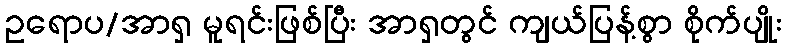
ဥရောပ/အာရှ မူရင်းဖြစ်ပြီး အာရှတွင် ကျယ်ပြန့်စွာ စိုက်ပျိုး